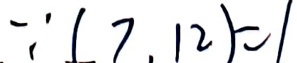
$\because ( 7, 12 ) =1$